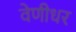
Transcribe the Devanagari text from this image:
वेणीधर